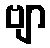
ဗျာ